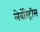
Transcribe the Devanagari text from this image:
लेबोरेट्रीस